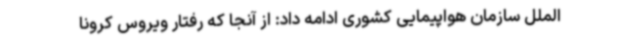
الملل سازمان هواپیمایی کشوری ادامه داد: از آنجا که رفتار ویروس کرونا